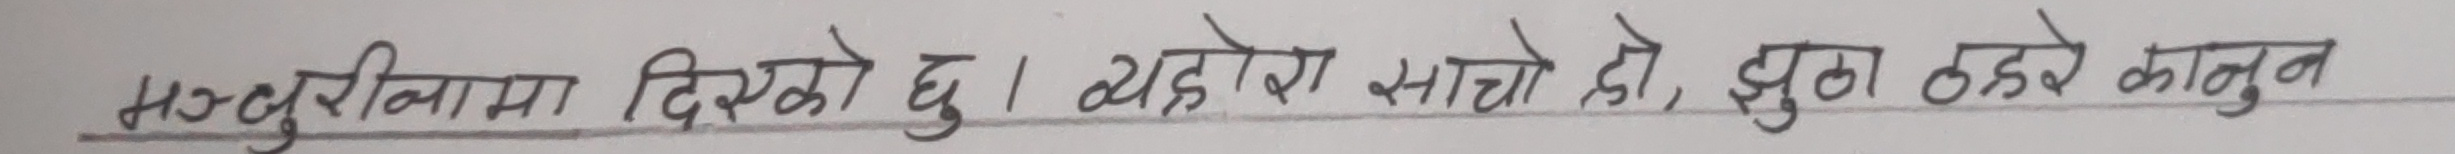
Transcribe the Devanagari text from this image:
मन्जुरीमा दिएको छु। यो रोग साँचो हो, झुका ठर कानुन